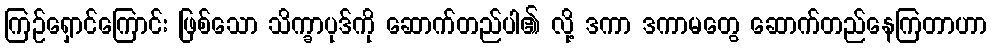
ကြဉ်ရှောင်ကြောင်း ဖြစ်သော သိက္ခာပုဒ်ကို ဆောက်တည်ပါ၏ လို့ ဒကာ ဒကာမတွေ ဆောက်တည်နေကြတာဟာ